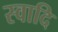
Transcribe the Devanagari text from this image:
स्वादि